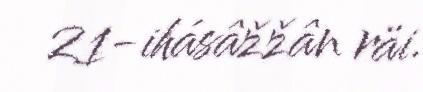
21-ihásâžžân räi.